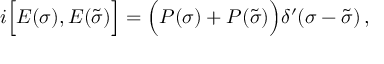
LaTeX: i \Bigl [ { \cal E } ( \sigma ) , { \cal E } ( \tilde { \sigma } ) \Bigr ] = \Bigl ( { \cal P } ( \sigma ) + { \cal P } ( \tilde { \sigma } ) \Bigr ) \delta ^ { \prime } ( \sigma - \tilde { \sigma } ) \, ,